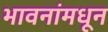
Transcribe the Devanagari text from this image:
भावनांमधून